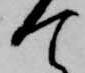
て